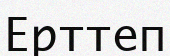
Ерттеп